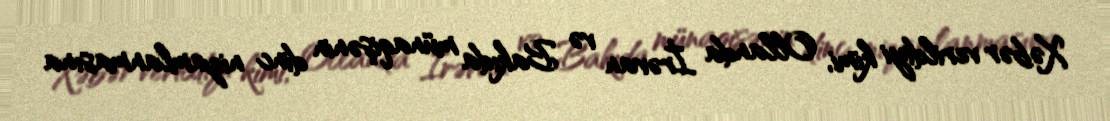
Xəbər verildiyi kimi, Ollanda İrəvan və Bakıda münaqişənin dinc nizamlanmasına